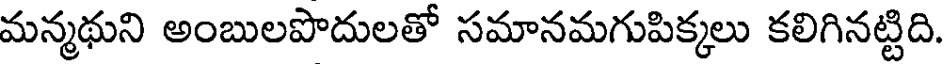
మన్మథుని అంబులపొదులతో సమానమగుపిక్కలు కలిగినట్టిది.